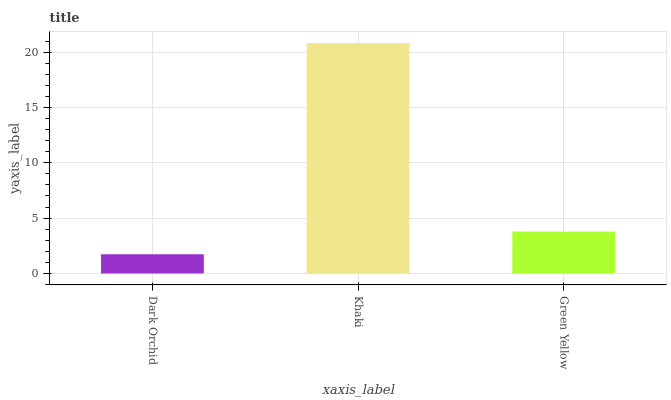
| xaxis_label | bars |
 | --- | --- |
 | Dark Orchid | 1.74 |
 | Khaki | 20.8 |
 | Green Yellow | 3.78 |